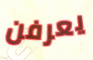
يعرفن